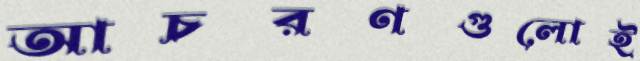
আচরণগুলোই